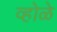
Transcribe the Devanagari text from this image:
व्होळे